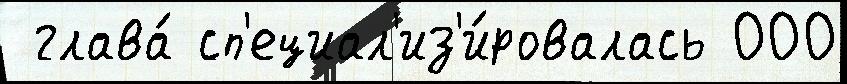
 глава́ сп'ециал'из'и́ровалась 000